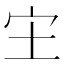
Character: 𫲵